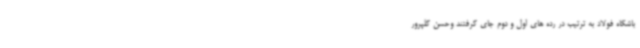
باشگاه فولاد به ترتیب در رده های اول و دوم جای گرفتند وحسن گلپرور